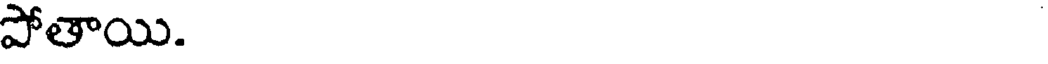
పోతాయి.